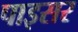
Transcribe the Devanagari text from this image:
पाइसर